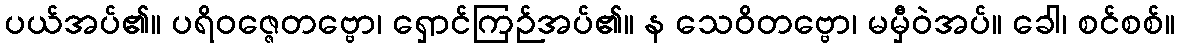
ပယ်အပ်၏။ ပရိဝဇ္ဇေတဗ္ဗော၊ ရှောင်ကြဉ်အပ်၏။ န သေဝိတဗ္ဗော၊ မမှီဝဲအပ်။ ခေါ၊ စင်စစ်။